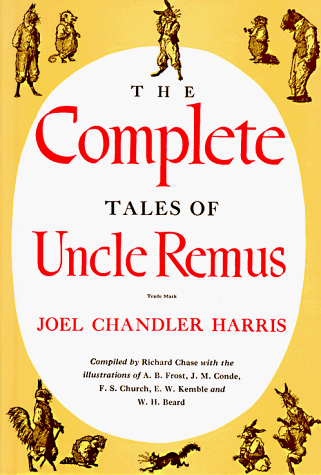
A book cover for The Complete Tales of Uncle Remus; Joel Chandler Harris; Children's Books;